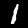
Digit: 1